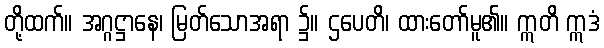
တို့ထက်။ အဂ္ဂဋ္ဌာနေ၊ မြတ်သောအရာ ၌။ ဌပေတိ၊ ထားတော်မူ၏။ ဣတိ ဣဒံ